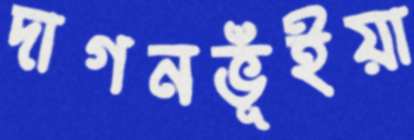
দাগনভূঁইয়া